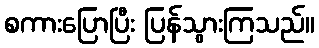
စကားပြောပြီး ပြန်သွားကြသည်။